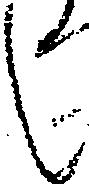
し